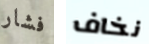
فشار نخاف